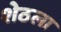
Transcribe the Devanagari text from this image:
शेठला